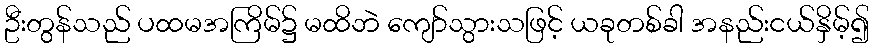
ဦးတွန်သည် ပထမအကြိမ်၌ မထိဘဲ ကျော်သွားသဖြင့် ယခုတစ်ခါ အနည်းငယ်နှိမ့်၍